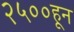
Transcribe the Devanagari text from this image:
२५००हून